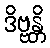
ဒိဗ္ဗန္တိ